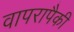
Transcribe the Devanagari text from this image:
वापरापैकी